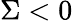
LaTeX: \Sigma<0